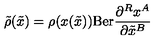
{ \tilde { \rho } } ( { \tilde { x } } ) = \rho ( x ( { \tilde { x } } ) ) \mathrm { B e r } \frac { \partial ^ { R } x ^ { A } } { \partial { \tilde { x } } ^ { B } }